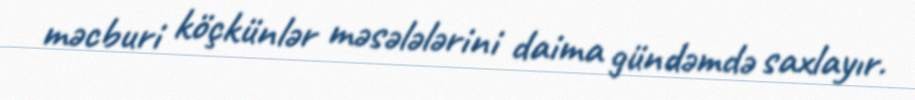
məcburi köçkünlər məsələlərini daima gündəmdə saxlayır.